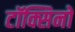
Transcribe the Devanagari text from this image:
टॉक्सिनों